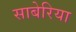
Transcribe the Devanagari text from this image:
साबेरिया